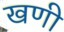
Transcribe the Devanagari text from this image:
खणी